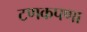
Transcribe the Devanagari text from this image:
टणकपणा